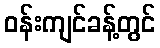
ဝန်းကျင်ခန့်တွင်